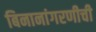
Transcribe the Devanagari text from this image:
बिनानांगरणीची